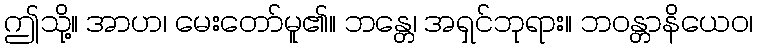
ဤသို့။ အာဟ၊ မေးတော်မူ၏။ ဘန္တေ၊ အရှင်ဘုရား။ ဘဝန္တာနိယေဝ၊